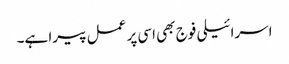
اسرائیلی فوج بھی اسی پر عمل پیرا ہے۔